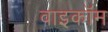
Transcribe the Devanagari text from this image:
वाइकॉम